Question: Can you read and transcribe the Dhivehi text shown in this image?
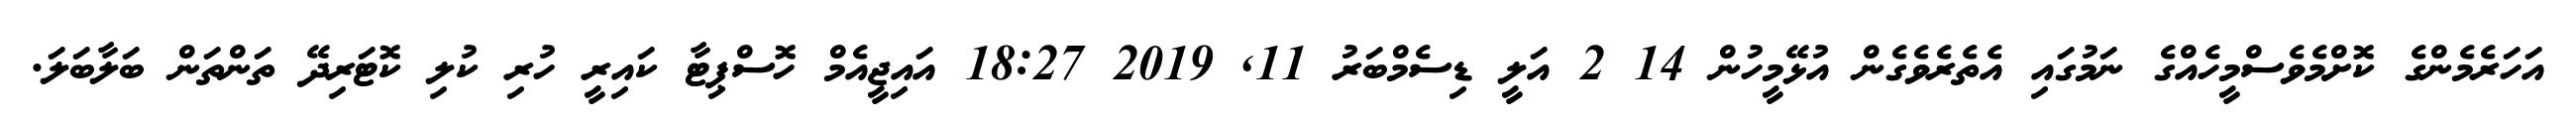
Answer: އަހަރެމެންގެ ކޮށްމެވެސްމީހެއްގެ ނަމުގައި އެތެރެވެގެން އުޅޭމީހުން 14 2 އަލީ ޑިސެމްބަރު 11, 2019 18:27 އައިޖީއެމް ހޮސްޕިޓާ ކައިރީ ހުރި ކުލި ކޮޓަރިދޭ ތަންތަން ބަލާބަލަ.